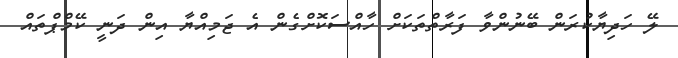
ލޭ ހަދިޔާކުރަން ބޭނުންވާ ފަރާތްތަކަށް ހާއްސަކޮށްގެން އެ ޖަމިއްޔާ އިން ދަނީ ކޭމްޕްތައް